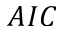
A I C